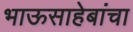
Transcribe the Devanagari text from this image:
भाऊसाहेबांचा